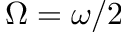
\Omega = \omega / 2